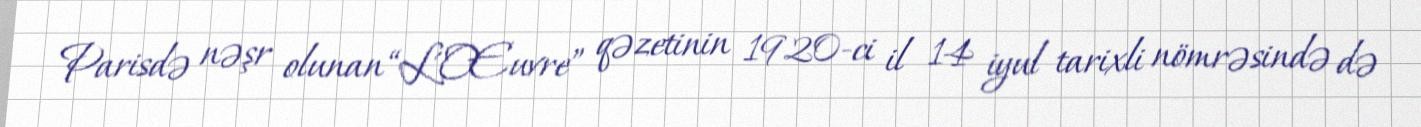
Parisdə nəşr olunan “L'Œuvre” qəzetinin 1920-ci il 14 iyul tarixli nömrəsində də